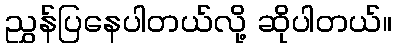
ညွှန်ပြနေပါတယ်လို့ ဆိုပါတယ်။